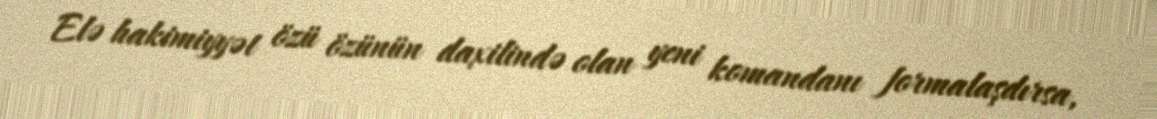
Elə hakimiyyət özü özünün daxilində olan yeni komandanı formalaşdırsa,